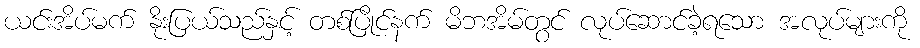
ယင်းအိပ်မက် နိုးပြယ်သည်နှင့် တစ်ပြိုင်နက် မိဘအိမ်တွင် လုပ်ဆောင်ခဲ့ရသော အလုပ်များကို